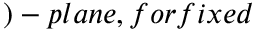
) - p l a n e , f o r f i x e d